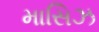
માસિઝ